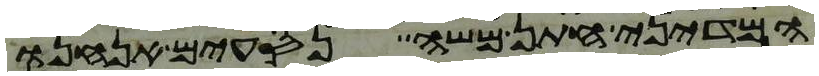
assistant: המדיני חתן משה נסעים אנחנו